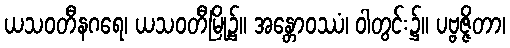
ယသဝတီနဂရေ၊ ယသဝတီမြို့၌။ အန္တောဝဿံ၊ ဝါတွင်း၌။ ပဗ္ဗဇ္ဇိတာ၊